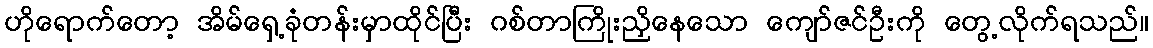
ဟိုရောက်တော့ အိမ်ရှေ့ခုံတန်းမှာထိုင်ပြီး ဂစ်တာကြိုးညှိနေသော ကျော်ဇင်ဦးကို တွေ့လိုက်ရသည်။